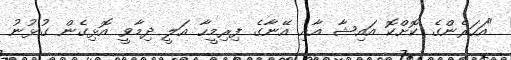
"އަހަރެންގެ ކޮށްކޮ އައިޝާ އާއި އޭނާގެ ފިރިމީހާ އަލީ ދިމާވީ އޮޅިގެން ގުޅުނު